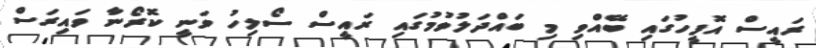
ރައީސް އޮފީހުގައި ބޭއްވި މި ބައްދަލުވުމުގައި ރައީސް ސޯލިހު ވަނީ ކޮރޯނާ ވައިރަސް